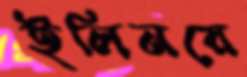
ইলিনয়ে